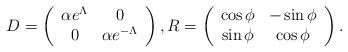
LaTeX: \begin{align*}D=\left( \begin{array}{cc}\alpha e^{\Lambda} & 0 \\0 &\alpha e^{-\Lambda} \end{array} \right), R=\left( \begin{array}{cc}\cos \phi & -\sin \phi \\\sin \phi & \cos \phi \end{array} \right).\end{align*}